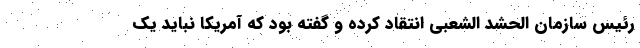
رئیس سازمان الحشد الشعبی انتقاد کرده و گفته بود که آمریکا نباید یک